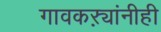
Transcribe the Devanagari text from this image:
गावकऱ्यांनीही